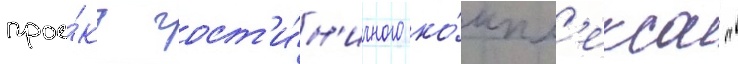
прое́кт гост'и́н'ичного ко́мпл'екса "